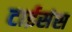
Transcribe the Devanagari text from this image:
टाईसंस